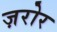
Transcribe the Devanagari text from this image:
ज़रोर